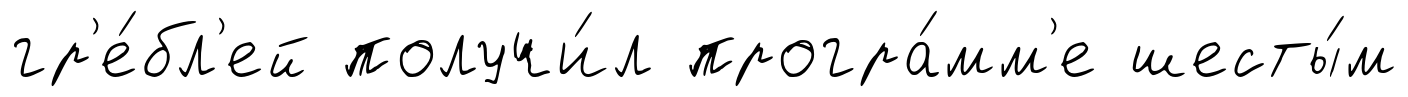
гр'е́бл'ей получи́л програ́мм'е шесты́м